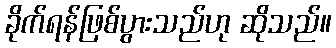
ခိုက်ရန်ဖြစ်ပွားသည်ဟု ဆိုသည်။